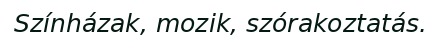
Színházak, mozik, szórakoztatás.